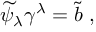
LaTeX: { \widetilde \psi } _ { \lambda } \gamma ^ { \lambda } = { \tilde { b } } \; ,